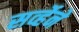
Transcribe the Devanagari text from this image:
सर्व्हेने